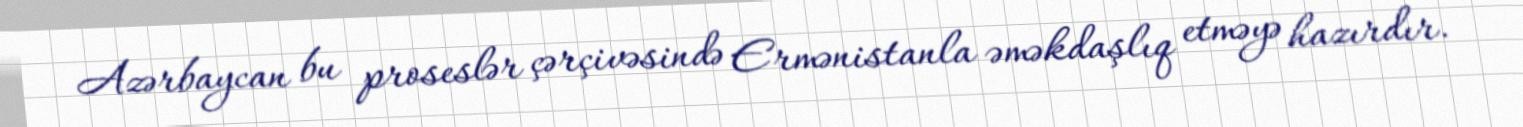
Azərbaycan bu proseslər çərçivəsində Ermənistanla əməkdaşlıq etməyə hazırdır.